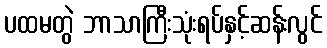
ပထမတွဲ ဘာသာကြီးသုံးရပ်နှင့်ဆန်းလွင်